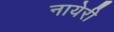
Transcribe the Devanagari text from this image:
नायेरी